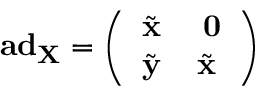
\mathbf { a d } _ { \mathbf { X } } = \left( \begin{array} { c c } { \tilde { \mathbf { x } } } & { \ \mathbf { 0 } } \\ { \tilde { \mathbf { y } } } & { \tilde { \mathbf { x } } } \end{array} \right)